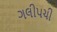
ગલીપચી